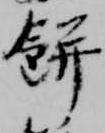
餅